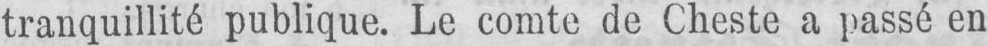
tranquillité publique. Le comte de Cheste a passé en